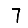
Digit: 7